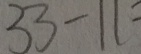
3 3 - 1 1 =